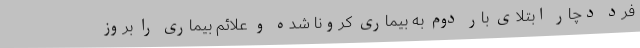
فرد دچار ابتلای بار دوم به بیماری کرونا شده و علائم بیماری را بروز